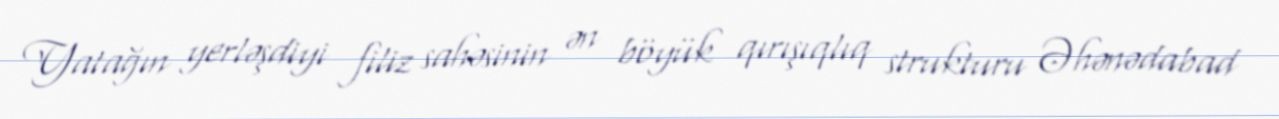
Yatağın yerləşdiyi filiz sahəsinin ən böyük qırışıqlıq strukturu Əhənədabad